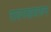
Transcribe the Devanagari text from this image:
रायगडावरून